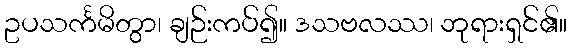
ဥပသင်္ကမိတွာ၊ ချဉ်းကပ်၍။ ဒသဗလဿ၊ ဘုရားရှင်၏။